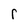
Character: r